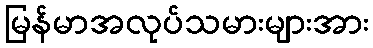
မြန်မာအလုပ်သမားများအား